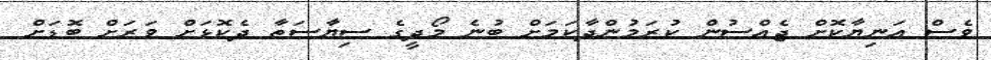
ވެސް އަނިޔާކޮށް ޖެއްސުން ކުރަމުންދާކަމަށް ބުނެ މޯދީގެ ސިޔާސަތާ ދެކޮޅަށް ވަރަށް ބޮޑަށް